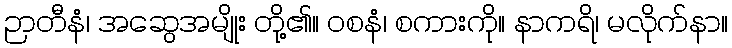
ဉာတီနံ၊ အဆွေအမျိုး တို့၏။ ဝစနံ၊ စကားကို။ နာကရိ၊ မလိုက်နာ။